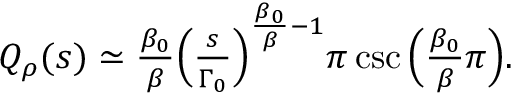
\begin{array} { r } { Q _ { \rho } ( s ) \simeq \frac { \beta _ { 0 } } { \beta } \Big ( \frac { s } { \Gamma _ { 0 } } \Big ) ^ { \frac { \beta _ { 0 } } { \beta } - 1 } \pi \csc \Big ( \frac { \beta _ { 0 } } { \beta } \pi \Big ) . } \end{array}